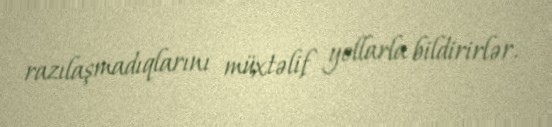
razılaşmadıqlarını müxtəlif yollarla bildirirlər.